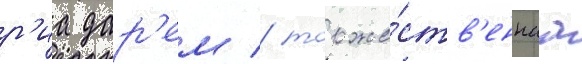
р'иа дар'ем / торже́ств'еннаа